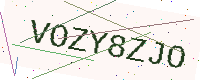
Text: VOZY8ZJO